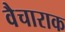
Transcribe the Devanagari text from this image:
वैचाराक